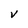
Character: V